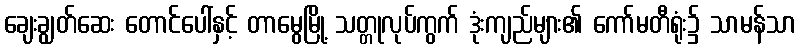
ချေးချွတ်ဆေး တောင်ပေါ်နှင့် တာမွေမြို့ သတ္တုလုပ်ကွက် ဒုံးကျည်များ၏ ကော်မတီရုံး၌ သာမန်သာ